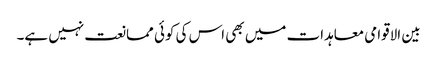
بین الاقوامی معاہدات میں بھی اس کی کوئی ممانعت نہیں ہے۔